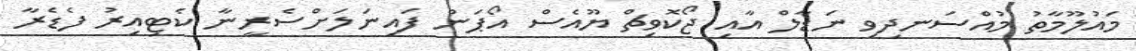
މައުލޫމާތު މުއްސަނދިވި ނަޑާލް އާއި ޖޯކޮވިޗް ޔޫއެސް އޯޕަން ފައިނަލަށްސެރީނާ ކެޓިއިރު ފެޑެރާ